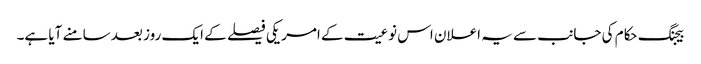
بیجنگ حکام کی جانب سے یہ اعلان اس نوعیت کے امریکی فیصلے کے ایک روز بعد سامنے آیا ہے۔